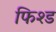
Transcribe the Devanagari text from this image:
फिश्ड